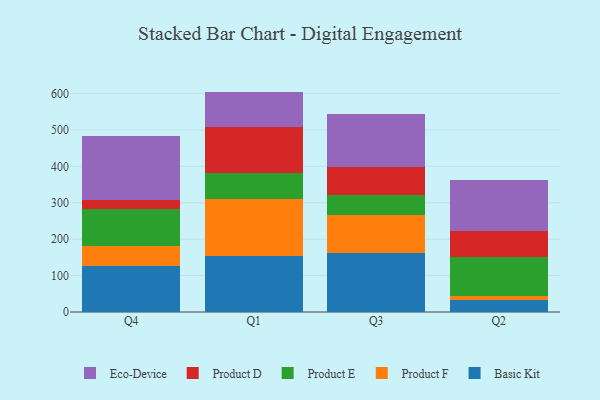
{"axis": {"x": "Quarter", "y": "Revenue (USD Million)"}, "legend": ["Basic Kit", "Eco-Device", "Product D", "Product E", "Product F"], "data": [{"x": "Q4", "y": 125.1, "type": "Basic Kit"}, {"x": "Q4", "y": 55.8, "type": "Product F"}, {"x": "Q4", "y": 102.0, "type": "Product E"}, {"x": "Q4", "y": 25.9, "type": "Product D"}, {"x": "Q4", "y": 176.0, "type": "Eco-Device"}, {"x": "Q1", "y": 154.4, "type": "Basic Kit"}, {"x": "Q1", "y": 156.4, "type": "Product F"}, {"x": "Q1", "y": 70.1, "type": "Product E"}, {"x": "Q1", "y": 128.3, "type": "Product D"}, {"x": "Q1", "y": 96.3, "type": "Eco-Device"}, {"x": "Q3", "y": 163.2, "type": "Basic Kit"}, {"x": "Q3", "y": 103.8, "type": "Product F"}, {"x": "Q3", "y": 54.4, "type": "Product E"}, {"x": "Q3", "y": 76.6, "type": "Product D"}, {"x": "Q3", "y": 146.9, "type": "Eco-Device"}, {"x": "Q2", "y": 32.7, "type": "Basic Kit"}, {"x": "Q2", "y": 10.0, "type": "Product F"}, {"x": "Q2", "y": 108.6, "type": "Product E"}, {"x": "Q2", "y": 71.3, "type": "Product D"}, {"x": "Q2", "y": 138.9, "type": "Eco-Device"}]}